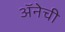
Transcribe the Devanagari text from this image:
अॅनेची